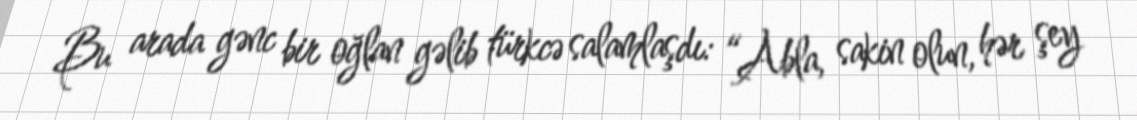
Bu arada gənc bir oğlan gəlib türkcə salamlaşdı: “Abla, sakin olun, hər şey